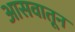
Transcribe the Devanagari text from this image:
आसवातून